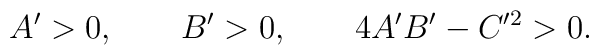
A' > 0, \qquad B' > 0, \qquad 4A'B' - C'^2 > 0 .